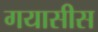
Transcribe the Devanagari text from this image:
गयासीस